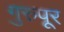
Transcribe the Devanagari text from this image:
गुरुपूर